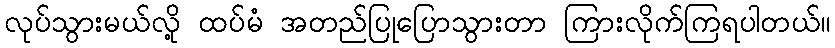
လုပ်သွားမယ်လို့ ထပ်မံ အတည်ပြုပြောသွားတာ ကြားလိုက်ကြရပါတယ်။